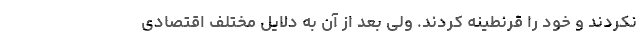
نکردند و خود را قرنطینه کردند. ولی بعد از آن به دلایل مختلف اقتصادی